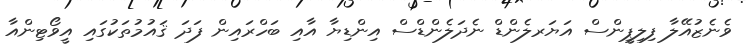
ވެނެޒުއޭލާ ފިލިޕީންސް އަޔަރލެންޑް ނެދަލެންޑްސް އިންޑިޔާ އާއި ބަހްރައިން ފަދަ ޤައުމުތަކުގައި އީވޯޓިންއާ